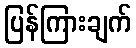
ပြန်ကြားချက်